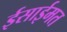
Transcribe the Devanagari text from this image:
ईसाईमत